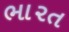
ભા૨ત